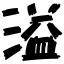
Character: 溢